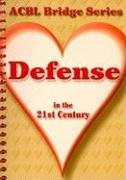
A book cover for Defense in the 21st Century; Audrey  Grant; Humor & Entertainment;